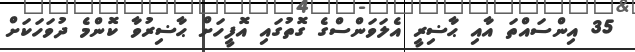
35 އިންސައްތަ އާއި ޙާޟިރީ އެލަވަންސްގެ ގޮތުގައި އޮފީހަށް ޙާޟިރުވާ ކޮންމެ ދުވަހަކަށް